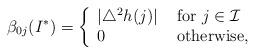
LaTeX: \begin{align*}\beta_{0j}(I^*) = \left\{ \begin{array}{ll} |\triangle^2h(j) | &\mbox{ for }j\in \mathcal I\\ 0 &\mbox{ otherwise, } \end{array} \right.\end{align*}